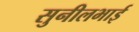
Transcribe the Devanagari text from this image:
सुनीलभाई